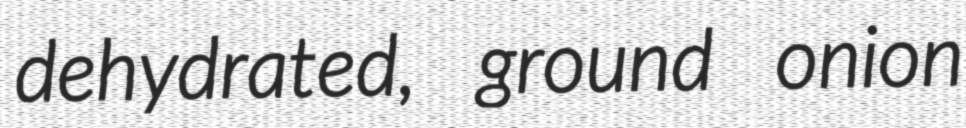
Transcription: dehydrated, ground onion